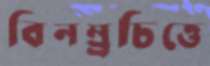
বিনম্র্রচিত্তে